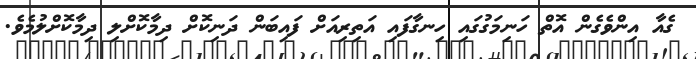
ގެއާ އިންވެގެން އޮތް ހަނިމަގުގައި ހިނގާފައި އަތިރިއަށް ފައިބަން ދަނިކޮށް ދިމާކޮށްލި ދިމާކޮށްލުމެވެ.